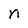
Character: n